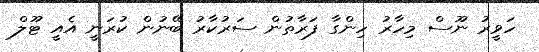
ހަވީރު ނޫސް މިހާރު ހިންގާ ފަރާތުން ސަރުކާރު ބޭނުން ކުރަނީ އެއީ ޓޫލް